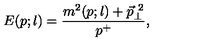
E ( p ; l ) = \frac { m ^ { 2 } ( p ; l ) + \vec { p } _ { \perp } ^ { \ 2 } } { p ^ { + } } ,